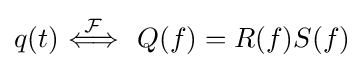
q(t)\ {\stackrel {\mathcal {F}}{\Longleftrightarrow }}\ \ Q(f)=R(f)S(f)